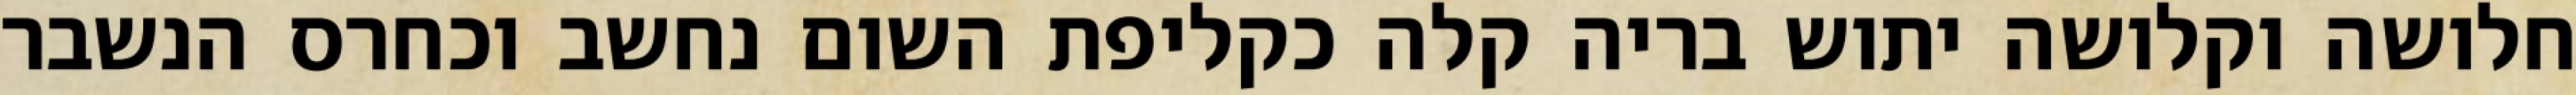
חלושה וקלושה יתוש בריה קלה כקליפת השום נחשב וכחרס הנשבר